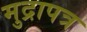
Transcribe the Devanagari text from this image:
मुद्रापत्र